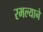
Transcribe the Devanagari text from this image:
रमल्याने